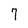
Character: 7